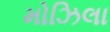
મોઝિલા